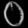
Digit: ၀